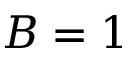
B = 1